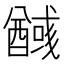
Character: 𮡃